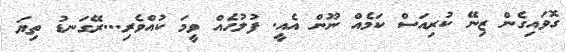
ގޮވައިގެން ޒިނޭ ކުރިއަސް ކަމެއް ނޫން އެއީ. ފުލުހެއް ވީމަ ކުއްވެރި...ރޭގަނޑު ތިޔަ